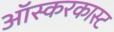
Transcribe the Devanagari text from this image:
ऑस्करकास्ट